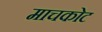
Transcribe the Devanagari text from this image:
माचकोट